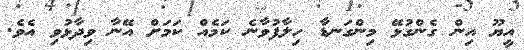
އީޔޫ އިން ގެންގުޅޭ މިންގަނޑާ ހިލާފުވާނެ ކަމެއް ކަމަށް އޭނާ ވިދާޅުވި އެވެ.